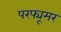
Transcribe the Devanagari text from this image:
परफ्यूमर